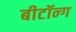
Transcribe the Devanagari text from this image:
बीटॉन्ग